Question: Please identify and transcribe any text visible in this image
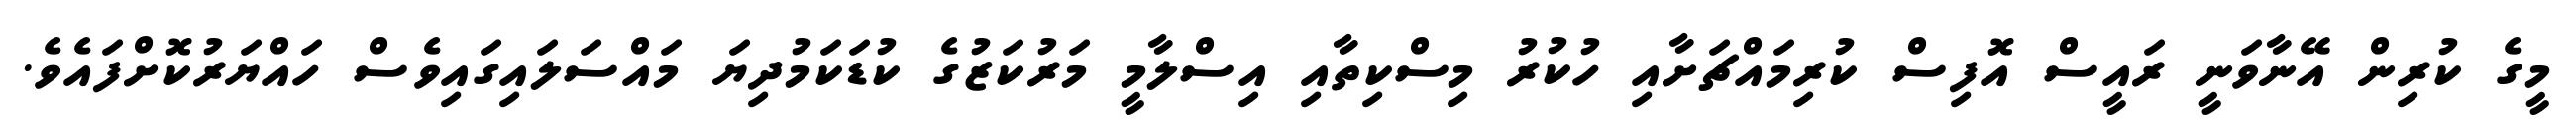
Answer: މީގެ ކުރިން އޭނާވަނީ ރައީސް އޮފިސް ކުރިމައްޗަށާއި ހުކުރު މިސްކިތާއި އިސްލާމީ މަރުކަޒުގެ ކުޑަކަމުދިޔަ މައްސަލައިގައިވެސް ހައްޔަރުކޮށްފައެވެ.